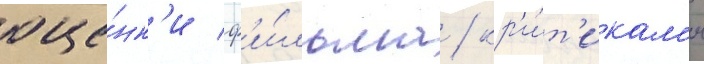
оце́нк'и ф'и́льма / кр'и́т'икам'и